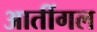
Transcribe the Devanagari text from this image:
आतींगल